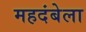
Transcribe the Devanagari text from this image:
महदंबेला